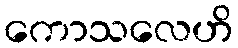
ကောသလေဟိ